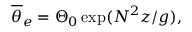
\overline { { \theta } } _ { e } = \Theta _ { 0 } \exp ( N ^ { 2 } z / g ) ,